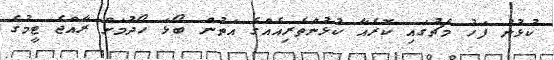
ކުޅުނު ފަހު މެޗުގައި ކޮރެއާ ކުޅުންތެރިއެއްގެ އަތުން ބޯޅަ ހޯދުމަށް ރާއްޖެ ޓީމުގެ